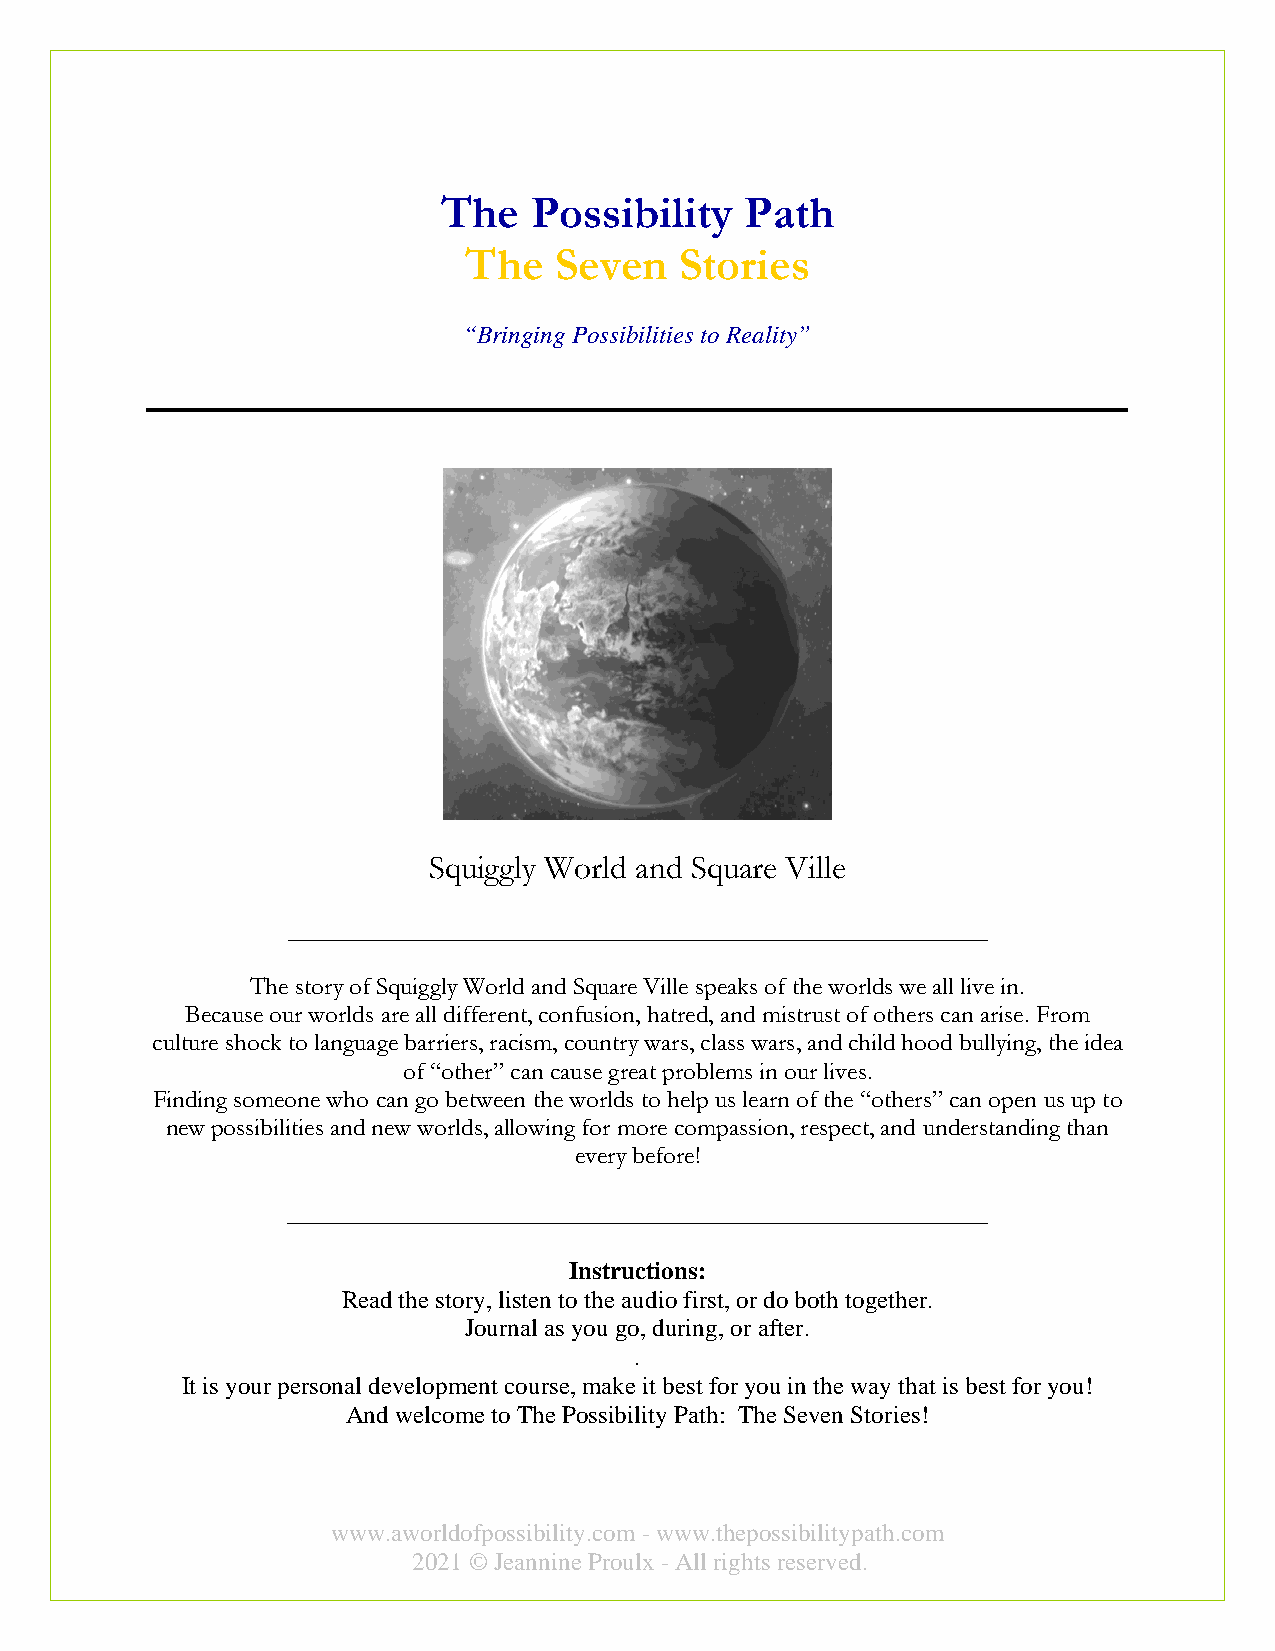
The   Possibility   Path
 The   Seven   Stories
 “Bringing Possibilities to Reality”
 Squiggly World and Square Ville
 ________________________________________________________
 The story of Squiggly World and Square Ville speaks of the worlds we all live in.
 Because our worlds are all different, confusion, hatred, and mistrust of others can arise. From
 culture shock to language barriers, racism, country wars, class wars, and child hood bullying, the idea
 of “other” can cause great problems in our lives.
 Finding someone who can go between the worlds to help us learn of the “others” can open us up to
 new possibilities and new worlds, allowing for more compassion, respect, and understanding than
 every before!
 ________________________________________________________
 Instructions:
 Read the story, listen to the audio first, or do both together.
 Journal as you go, during, or after.
 .
 It is your personal development course, make it best for you in the way that is best for you!
 And welcome to The Possibility Path: The Seven Stories!
 www.aworldofpossibility.com - www.thepossibilitypath.com
 2021 © Jeannine Proulx - All rights reserved.